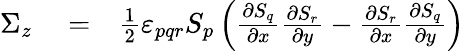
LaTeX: \begin{array}{rlr}{\Sigma_{z}}&{{}=}&{\frac{1}{2}\varepsilon_{pqr}S_{p}\left(\frac{\partial S_{q}}{\partial x}\frac{\partial S_{r}}{\partial y}-\frac{\partial S_{r}}{\partial x}\frac{\partial S_{q}}{\partial y}\right)}\end{array}